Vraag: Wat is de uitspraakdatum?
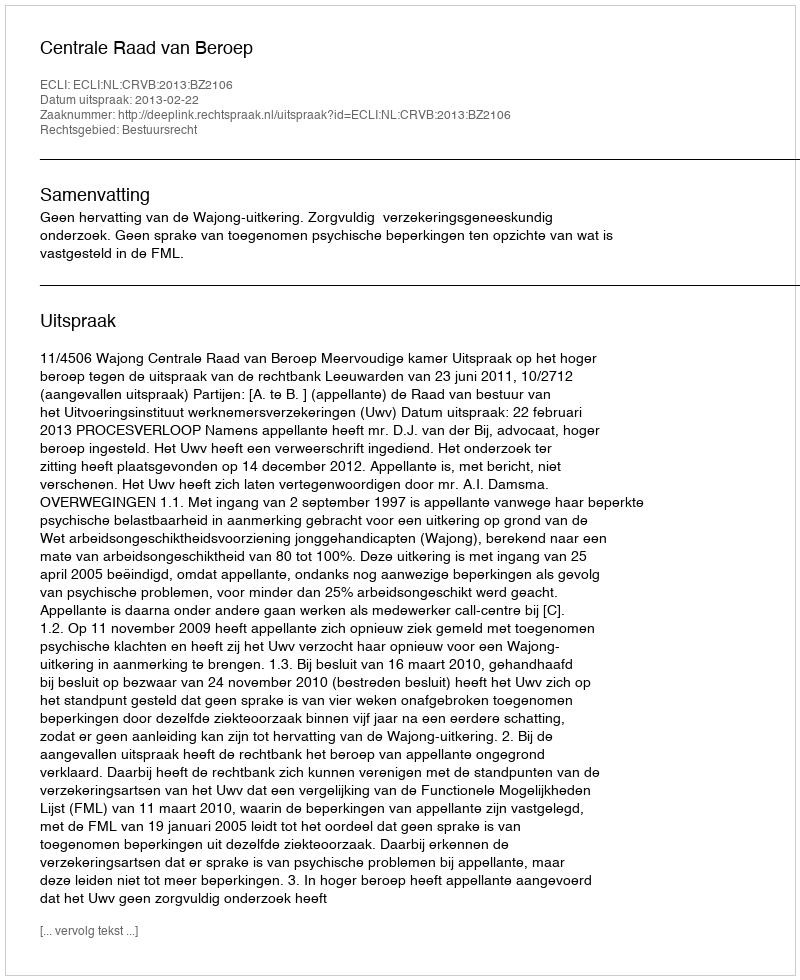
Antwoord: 2013-02-22